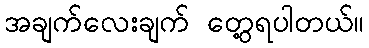
အချက်လေးချက် တွေ့ရပါတယ်။